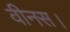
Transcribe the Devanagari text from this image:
वीनस।